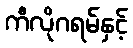
ကီလိုဂရမ်နှင့်